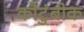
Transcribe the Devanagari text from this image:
कौटुंबीक